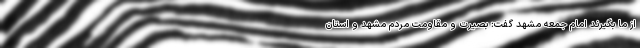
از ما بگیرند امام جمعه مشهد گفت: بصیرت و مقاومت مردم مشهد و استان